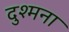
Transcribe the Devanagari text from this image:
दुश्मना